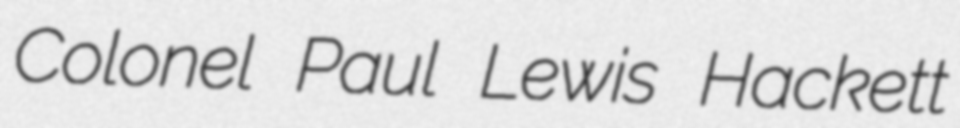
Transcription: Colonel Paul Lewis Hackett